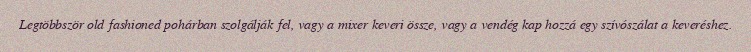
Legtöbbször old fashioned pohárban szolgálják fel, vagy a mixer keveri össze, vagy a vendég kap hozzá egy szívószálat a keveréshez.